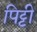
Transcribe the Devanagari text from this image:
पिट्टी